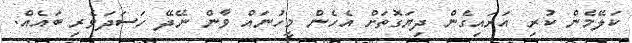
ކަލޭމެން ކުރި އަރައިގެން ދިޔަގޮތަށް އެހެން މީހުނައް ވާން ނޭދޭ ހަސަދަވެރި ބައެއް.